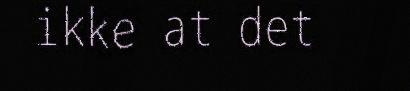
ikke at det